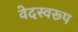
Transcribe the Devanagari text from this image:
वेदस्वरूप